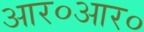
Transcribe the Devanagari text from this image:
आर०आर०